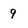
Character: 9